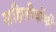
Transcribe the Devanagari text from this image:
सहिलीयोंकी